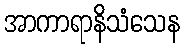
အာကာရာနိသံသေန